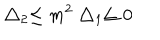
\bigtriangleup _ { 2 } \leq m ^ { 2 } \bigtriangleup _ { 1 } \leq 0